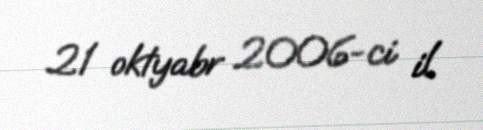
21 oktyabr 2006-ci il